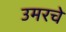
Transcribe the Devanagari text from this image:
उमरचे